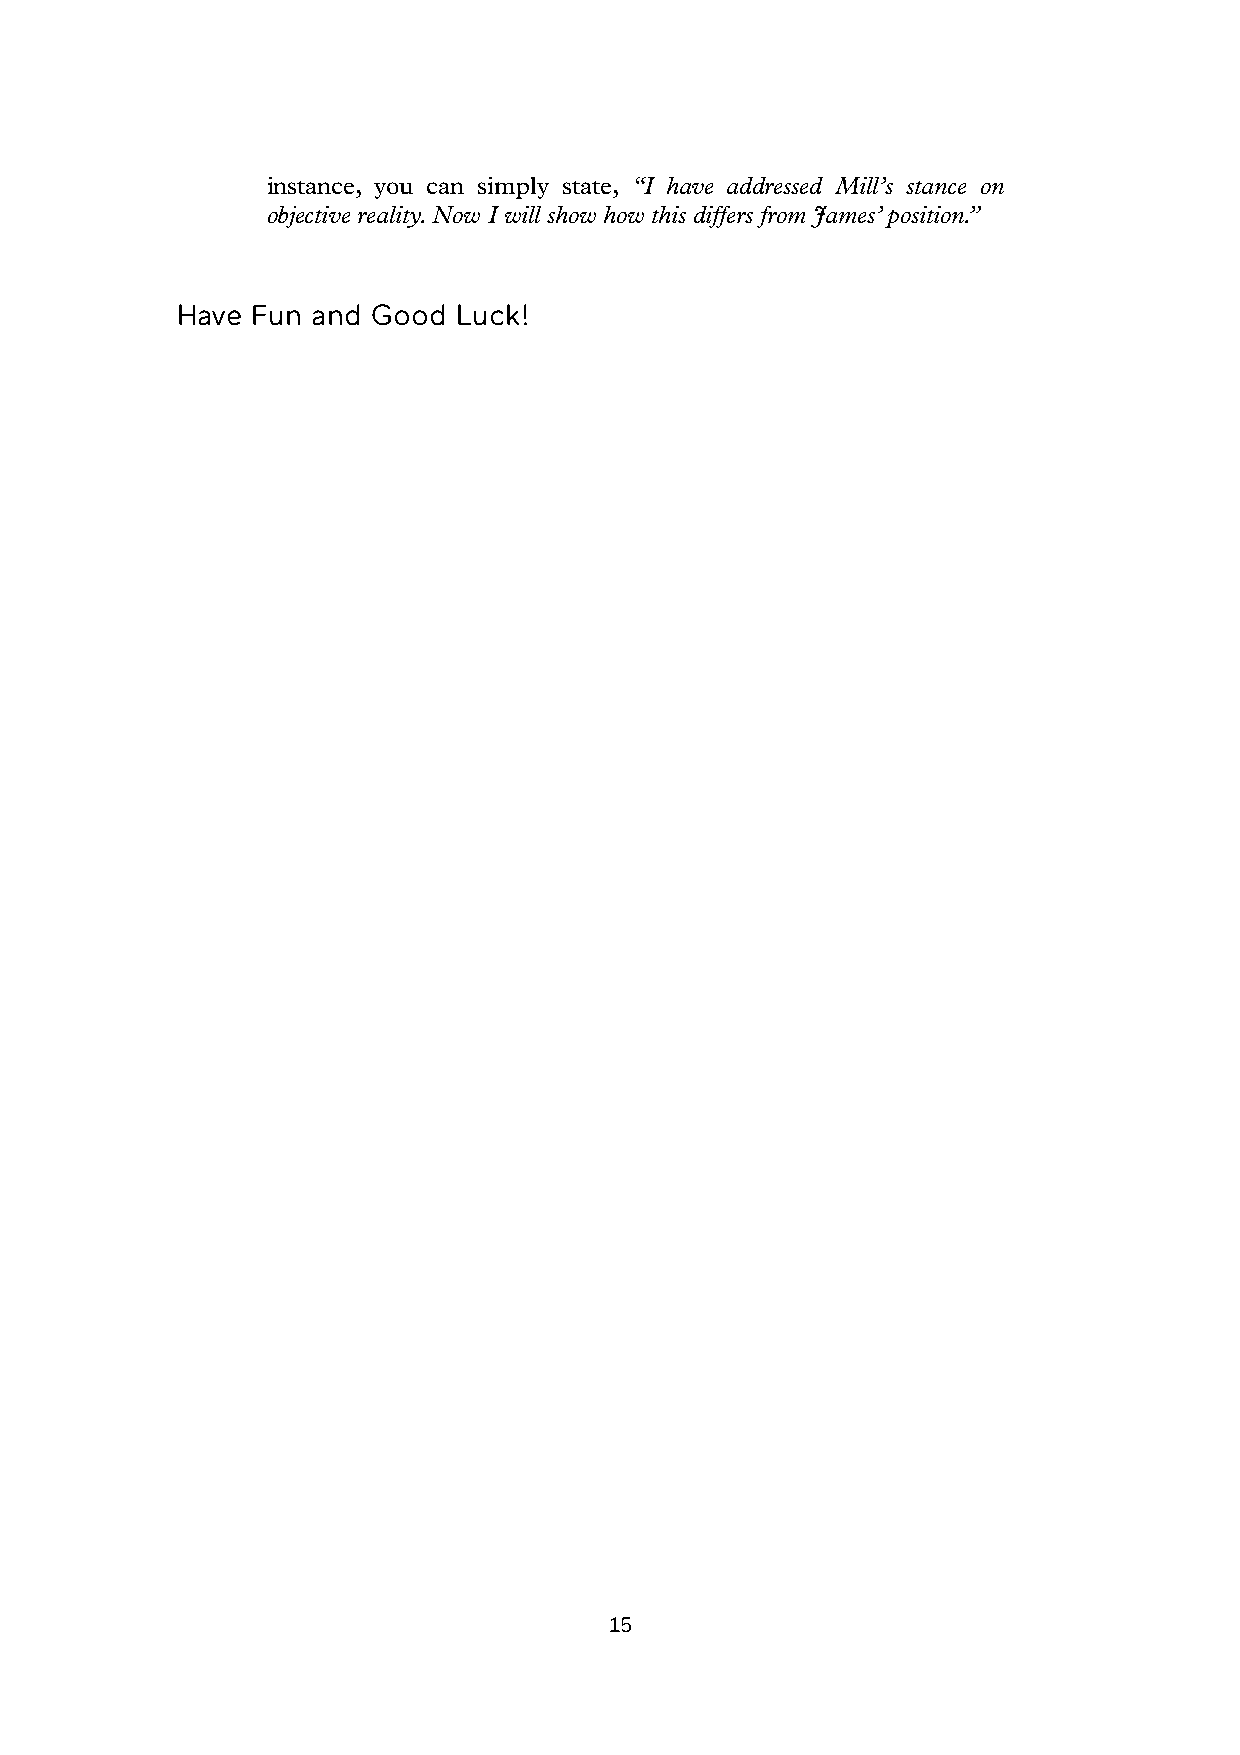
instance, you can simply state, “I have addressed Mill’s stance on
 objective reality. Now I will show how this differs from James’ position.”
 Have Fun and Good Luck!
 15